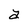
Character: a